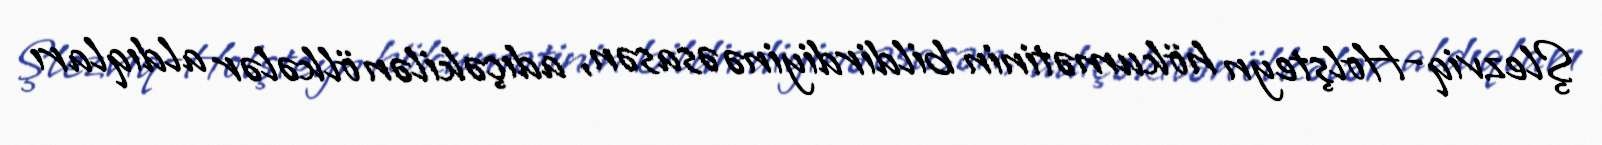
Şlezviq-Holşteyn hökumətinin bildirdiyinə əsasən, adıçəkilən ölkələr aldıqları